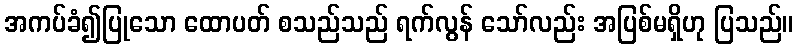
အကပ်ခံ၍ပြုသော ထောပတ် စသည်သည် ရက်လွန် သော်လည်း အပြစ်မရှိဟု ပြသည်။